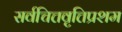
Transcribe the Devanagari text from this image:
सर्वचित्तवृत्तिप्रशम